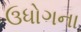
ઉધોગના